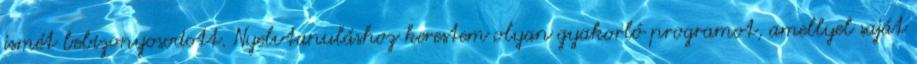
ismét bebizonyosodott. Nyelvtanuláshoz kerestem olyan gyakorló programot, amellyel saját